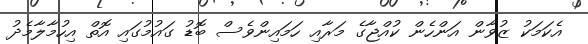
އެކަމަކު ޒުވާން އަންހެން ކުއްޖާގެ މަރާއި ހަމައިންވެސް ބޮޑު ގައުމުގައި އޮތް އިހުމާލާމެދު